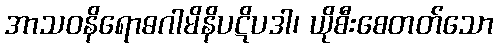
အာသဝနိရောဓဂါမိနိပဋိပဒါ၊ ယိုစီးစေတတ်သော